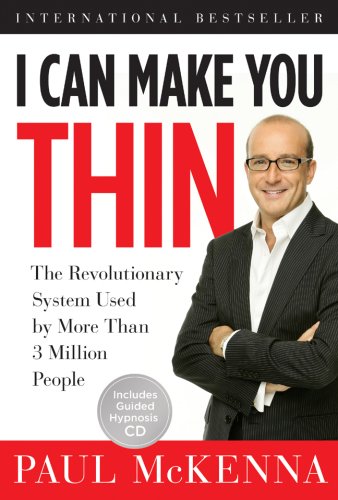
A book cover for I Can Make You Thin: The Revolutionary System Used by More Than 3 Million People (Book and CD); Paul McKenna; Health, Fitness & Dieting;